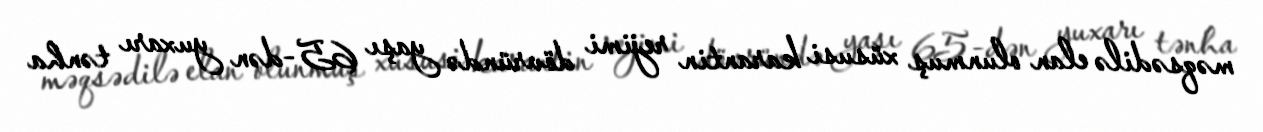
məqsədilə elan olunmuş xüsusi karantin rejimi dövründə yaşı 65-dən yuxarı tənha